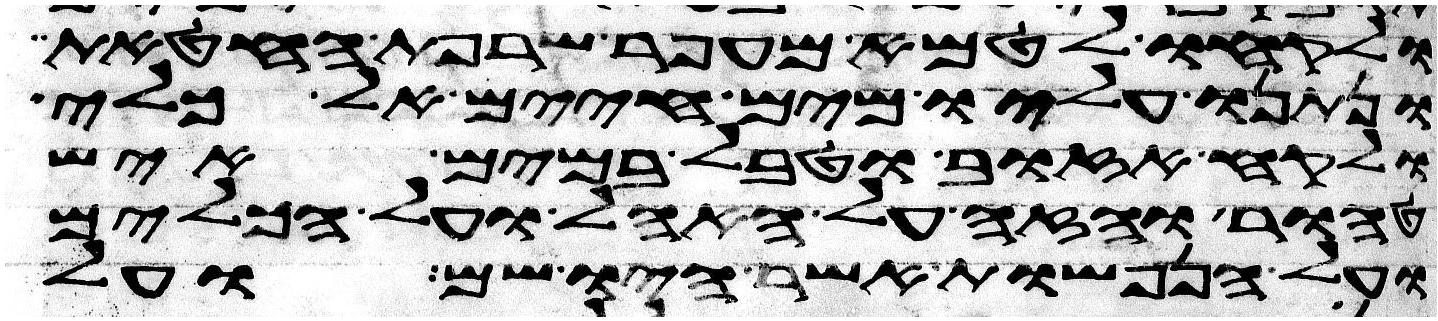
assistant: ולקחו לטמא מעפר שרפת החטאת
ונתנו עליו מים חיים אל כלי
ולקח אזוב וטבל במים איש
טהור והזה על האהל ועל הכלים
ועל הנפשות אשר היו שם ועל